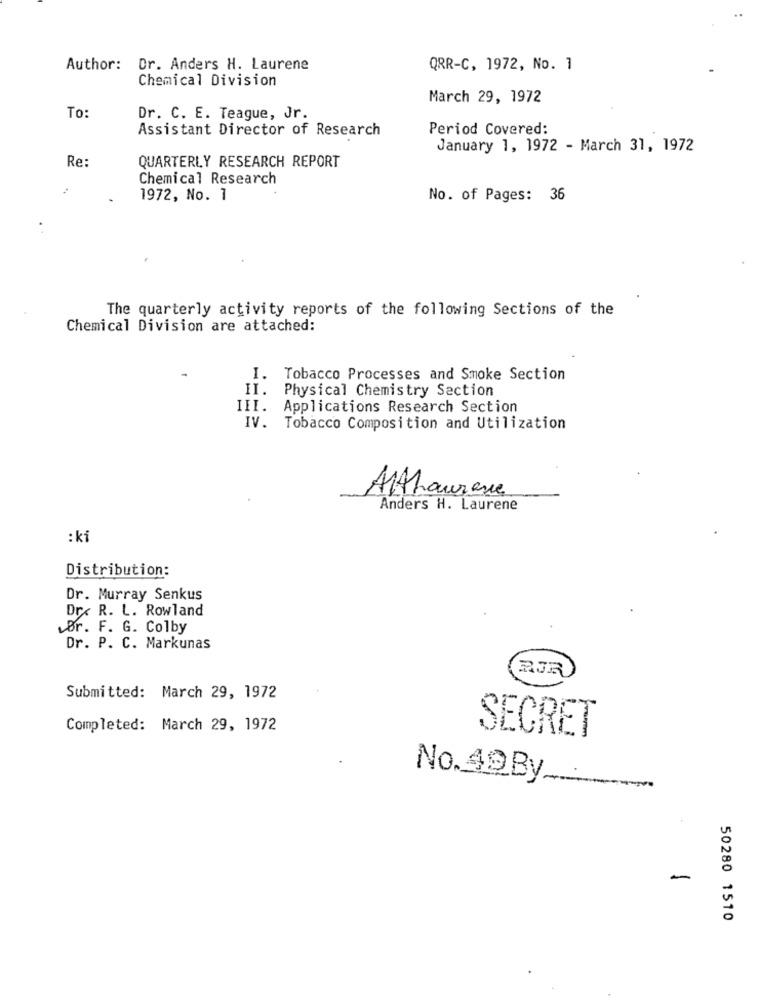
Author: Or. Anders H. Laurene
QRR-C, 1972, No. 1
Chemical Division
March 29, 1972
To:
Dr. C. E. Teague, Jr.
Assistant Director of Research
Period Covered:
January 1, 1972 - March 31, 1972
Re:
QUARTERLY RESEARCH REPORT
Chemical Research
1972, No. 1
No. of Pages: 36
The quarterly activity reports of the following Sections of the
Chemical Division are attached:
I. Tobacco Processes and Smoke Section
II. Physical Chemistry Section
III. Applications Research Section
IV. Tobacco Composition and Utilization
AltLawrence
Anders H. Laurene
: ki
Distribution:
Dr. Murray Senkus
Dr. R. L. Rowland
Dr. F. G. Colby
Dr. P. C. Markunas
RJR
Submitted: March 29, 1972
Completed: March 29, 1972
SECRET
No. 49By
-
-
50280 1510